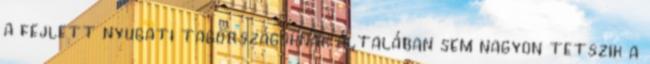
a fejlett nyugati tagországoknak általában sem nagyon tetszik a